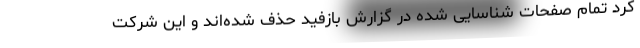
کرد تمام صفحات شناسایی شده در گزارش بازفید حذف شده‌اند و این شرکت